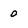
Character: 0